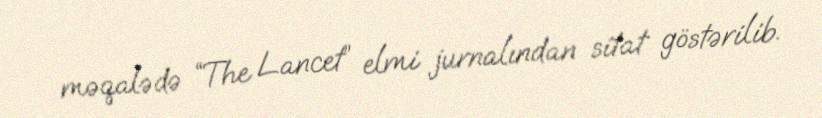
məqalədə “The Lancet” elmi jurnalından sitat göstərilib.